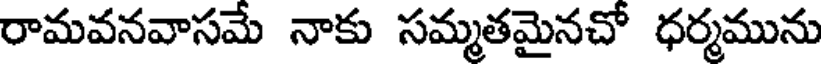
రామవనవాసమే నాకు సమ్మతమైనచో ధర్మమును